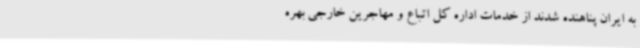
به ایران پناهنده شدند از خدمات اداره کل اتباع و مهاجرین خارجی بهره